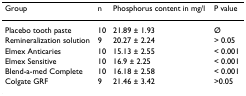
| Group | n | Phosphorus content in mg/l | P value |
 | --- | --- | --- | --- |
 | Placebo tooth paste | 10 | 21.89 ± 1.93 | Ø |
 | Remineralization solution | 9 | 20.27 ± 2.24 | > 0.05 |
 | Elmex Anticaries | 10 | 15.13 ± 2.55 | < 0.001 |
 | Elmex Sensitive | 10 | 16.9 ± 2.25 | < 0.001 |
 | Blend-a-med Complete | 10 | 16.18 ± 2.58 | < 0.001 |
 | Colgate GRF | 9 | 21.46 ± 3.42 | >0.05 |